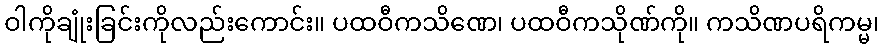
ဝါကိုချုံးခြင်းကိုလည်းကောင်း။ ပထဝီကသိဏေ၊ ပထဝီကသိုဏ်ကို။ ကသိဏပရိကမ္မ၊